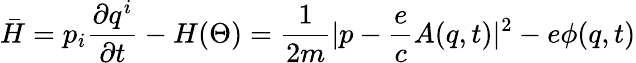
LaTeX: \bar{H}=p_{i}\frac{\partial q^{i}}{\partial t}-H(\Theta)=\frac{1}{2m}|p-\frac{e}{c}A(q,t)|^{2}-e\phi(q,t)